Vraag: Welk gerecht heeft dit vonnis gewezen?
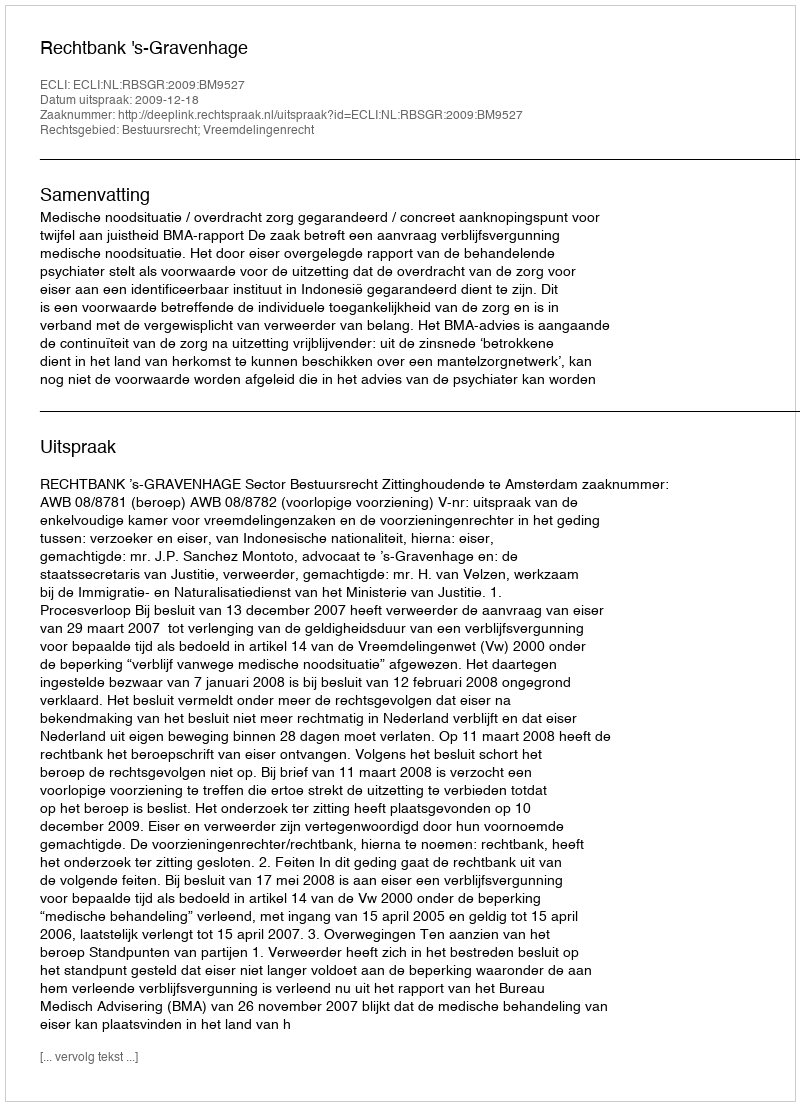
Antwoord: Rechtbank 's-Gravenhage